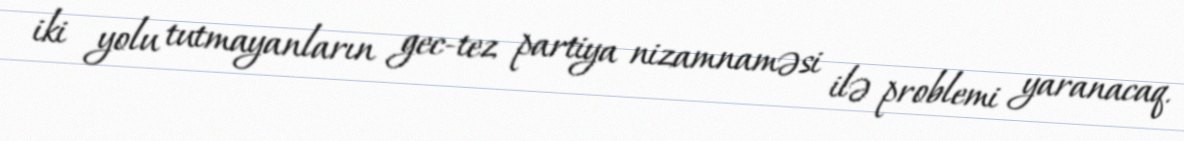
iki yolu tutmayanların gec-tez partiya nizamnaməsi ilə problemi yaranacaq.